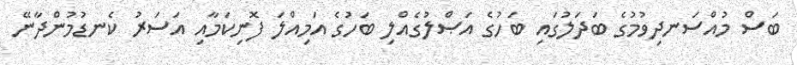
ބަސް މުއްސަނދިވުމުގެ ބަދަލުގައި ބަހުގެ އަޞްލުގެއްލި ބަހުގެ އަމިއްލަ ފޮނިކަމާއި އަސަރު ކެނޑުމުންދާނޭ